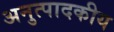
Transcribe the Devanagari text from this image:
अनुत्पादकीय